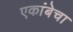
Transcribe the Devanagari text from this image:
एकांबेचा